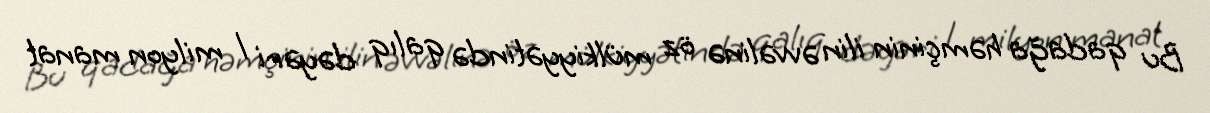
Bu qadağa həmçinin ilin əvvəlinə öz mülkiyyətində qalıq dəyəri 1 milyon manat